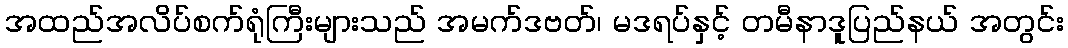
အထည်အလိပ်စက်ရုံကြီးများသည် အမက်ဒဗတ်၊ မဒရပ်နှင့် တမီနာဒူပြည်နယ် အတွင်း